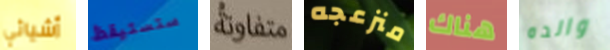
أشيائي ستستيقظ متفاوتة منزعجه هناك والده